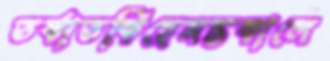
তর্কাতর্কিহেমন্তকালে